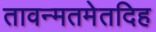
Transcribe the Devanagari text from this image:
तावन्मतमेतदिह